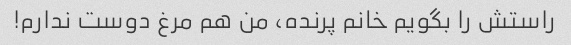
راستش را بگویم خانم پرنده، من هم مرغ دوست ندارم!